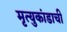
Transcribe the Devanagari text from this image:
मृत्युकांडाची